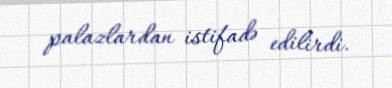
palazlardan istifadə edilirdi.